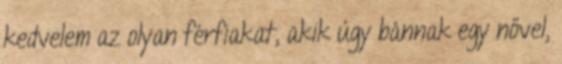
kedvelem az olyan férfiakat, akik úgy bánnak egy nővel,